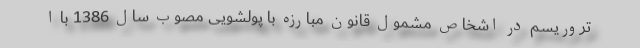
تروریسم در اشخاص مشمول قانون مبارزه با پولشویی مصوب سال 1386 با ا